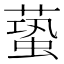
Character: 𧏤